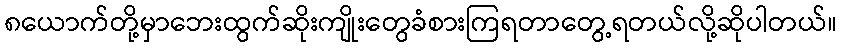
၈ယောက်တို့မှာဘေးထွက်ဆိုးကျိုးတွေခံစားကြရတာတွေ့ရတယ်လို့ဆိုပါတယ်။